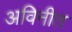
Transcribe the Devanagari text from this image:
अविनीत